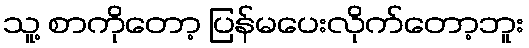
သူ့ စာကိုတော့ ပြန်မပေးလိုက်တော့ဘူး